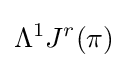
\Lambda ^{1}J^{r}(\pi )